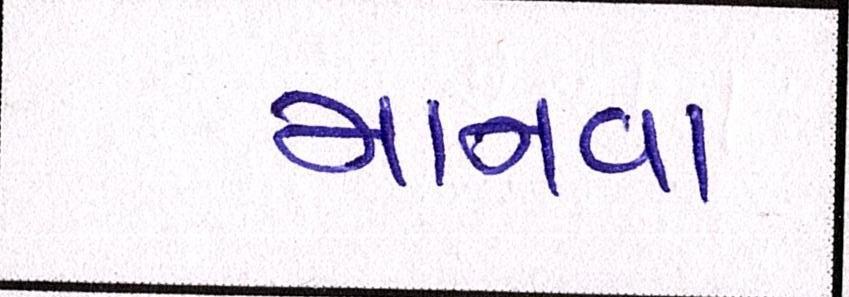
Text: માનવા